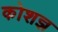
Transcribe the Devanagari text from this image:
कोशज्ञ